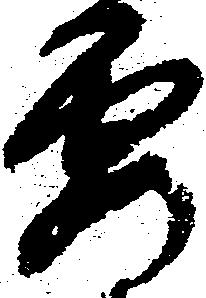
要